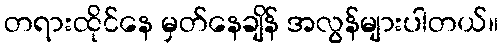
တရားထိုင်နေ မှတ်နေချိန် အလွန်များပါတယ်။